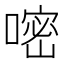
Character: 嘧